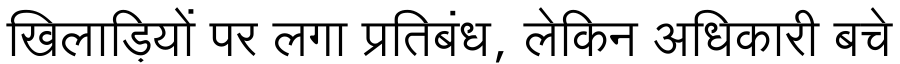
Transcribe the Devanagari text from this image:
खिलाड़ियों पर लगा प्रतिबंध, लेकिन अधिकारी बचे